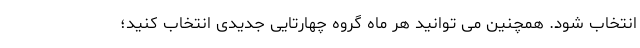
انتخاب شود. همچنین می توانید هر ماه گروه چهارتایی جدیدی انتخاب کنید؛